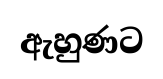
ඇහුණට